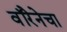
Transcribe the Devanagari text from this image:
वॉरेनेचा